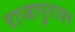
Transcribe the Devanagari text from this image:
राजापुरावर